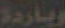
وباردة